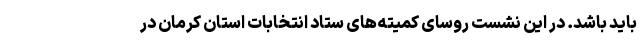
باید باشد. در این نشست روسای کمیته‌های ستاد انتخابات استان کرمان در